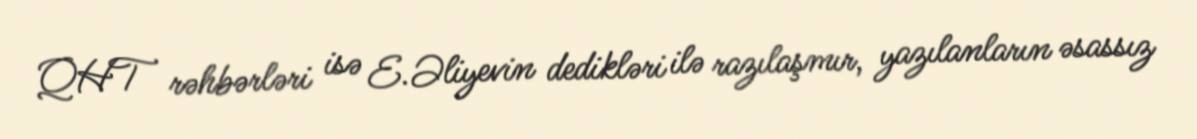
QHT rəhbərləri isə E.Əliyevin dedikləri ilə razılaşmır, yazılanların əsassız